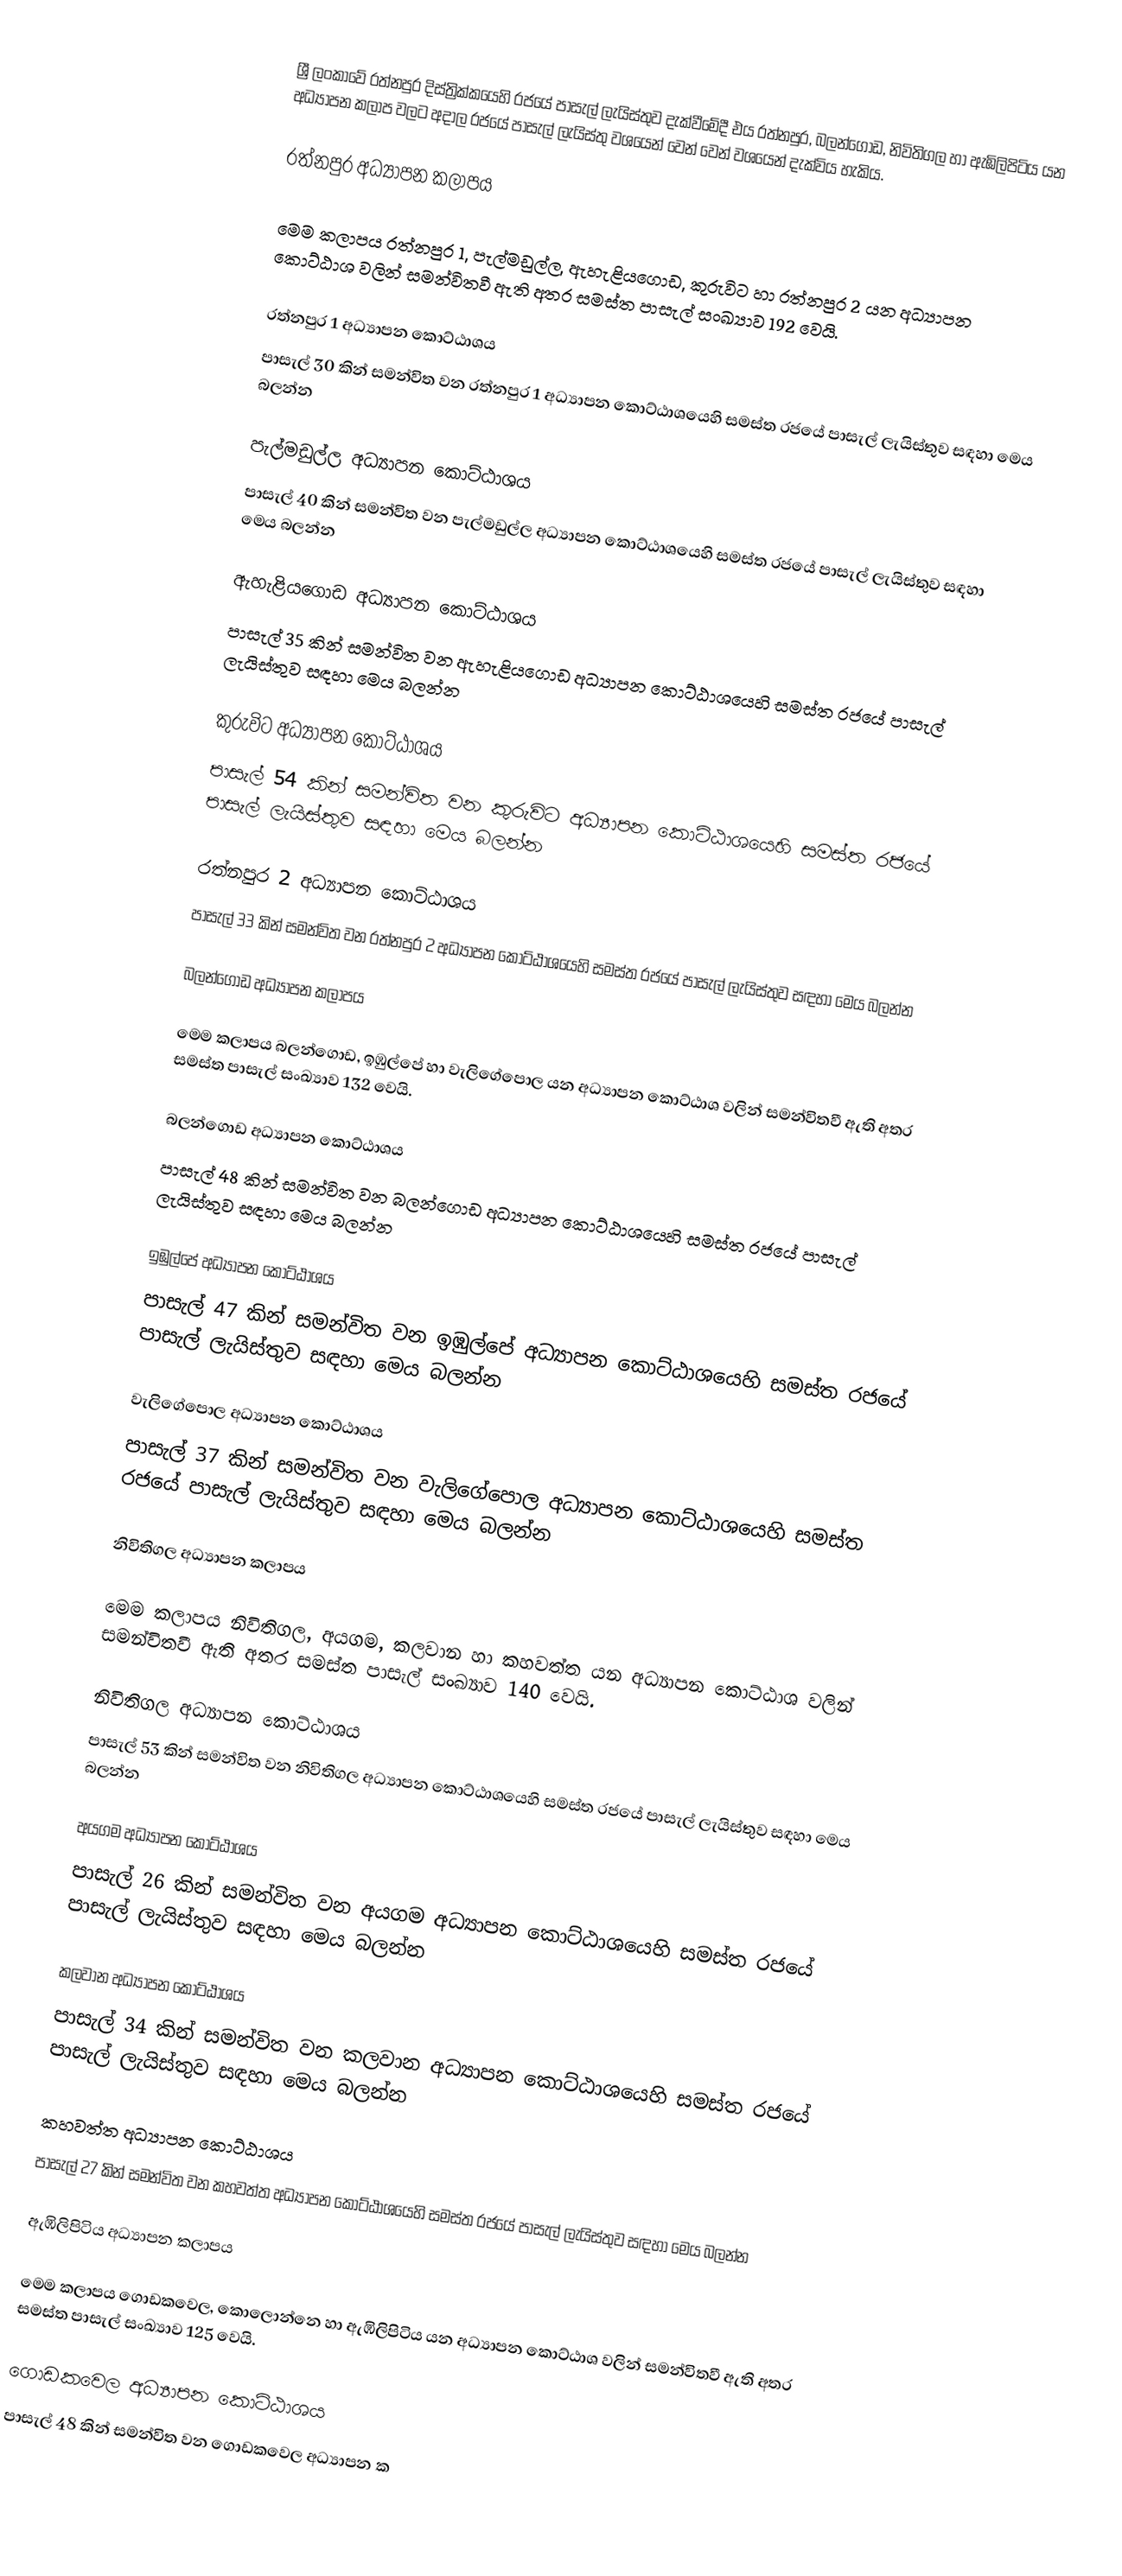
ශ්‍රී ලංකාවේ රත්නපුර දිස්ත්‍රික්කයෙහි රජයේ පාසැල් ලැයිස්තුව දැක්වීමේදී එය රත්නපුර, බලන්ගොඩ, නිවිතිගල හා ඇඹිලිපිටිය  යන අධ්‍යාපන කලාප  වලට අදාල රජයේ පාසැල් ලැයිස්තු වශයෙන් වෙන් වෙන් වශයෙන් දැක්විය හැකිය.

රත්නපුර අධ්‍යාපන කලාපය

මෙම කලාපය රත්නපුර 1, පැල්මඩුල්ල, ඇහැළියගොඩ, කුරුවිට හා රත්නපුර 2 යන අධ්‍යාපන කොට්ඨාශ වලින් සමන්විතවී ඇති අතර සමස්ත පාසැල් සංඛ්‍යාව 192 වෙයි.

රත්නපුර 1 අධ්‍යාපන කොට්ඨාශය
පාසැල් 30 කින් සමන්විත වන රත්නපුර 1 අධ්‍යාපන කොට්ඨාශයෙහි සමස්ත රජයේ පාසැල් ලැයිස්තුව සඳහා මෙය බලන්න

පැල්මඩුල්ල අධ්‍යාපන කොට්ඨාශය
පාසැල් 40 කින් සමන්විත වන පැල්මඩුල්ල අධ්‍යාපන කොට්ඨාශයෙහි සමස්ත රජයේ පාසැල් ලැයිස්තුව සඳහා මෙය බලන්න

ඇහැළියගොඩ අධ්‍යාපන කොට්ඨාශය
පාසැල් 35 කින් සමන්විත වන ඇහැළියගොඩ අධ්‍යාපන කොට්ඨාශයෙහි සමස්ත රජයේ පාසැල් ලැයිස්තුව සඳහා මෙය බලන්න

කුරුවිට  අධ්‍යාපන කොට්ඨාශය
පාසැල් 54 කින් සමන්විත වන කුරුවිට  අධ්‍යාපන කොට්ඨාශයෙහි සමස්ත රජයේ පාසැල් ලැයිස්තුව සඳහා මෙය බලන්න

රත්නපුර 2 අධ්‍යාපන කොට්ඨාශය
පාසැල් 33 කින් සමන්විත වන රත්නපුර 2 අධ්‍යාපන කොට්ඨාශයෙහි සමස්ත රජයේ පාසැල් ලැයිස්තුව සඳහා මෙය බලන්න

බලන්ගොඩ අධ්‍යාපන කලාපය

මෙම කලාපය බලන්ගොඩ, ඉඹුල්පේ හා වැලිගේපොල යන අධ්‍යාපන කොට්ඨාශ වලින් සමන්විතවී ඇති අතර සමස්ත පාසැල් සංඛ්‍යාව 132 වෙයි.

බලන්ගොඩ අධ්‍යාපන කොට්ඨාශය
පාසැල් 48 කින් සමන්විත වන බලන්ගොඩ අධ්‍යාපන කොට්ඨාශයෙහි සමස්ත රජයේ පාසැල් ලැයිස්තුව සඳහා මෙය බලන්න

ඉඹුල්පේ අධ්‍යාපන කොට්ඨාශය
පාසැල් 47 කින් සමන්විත වන ඉඹුල්පේ අධ්‍යාපන කොට්ඨාශයෙහි සමස්ත රජයේ පාසැල් ලැයිස්තුව සඳහා මෙය බලන්න

වැලිගේපොල අධ්‍යාපන කොට්ඨාශය
පාසැල් 37 කින් සමන්විත වන වැලිගේපොල අධ්‍යාපන කොට්ඨාශයෙහි සමස්ත රජයේ පාසැල් ලැයිස්තුව සඳහා මෙය බලන්න

නිවිතිගල අධ්‍යාපන කලාපය

මෙම කලාපය නිවිතිගල, අයගම, කලවාන හා කහවත්ත යන අධ්‍යාපන කොට්ඨාශ වලින් සමන්විතවී ඇති අතර සමස්ත පාසැල් සංඛ්‍යාව 140 වෙයි.

නිවිතිගල අධ්‍යාපන කොට්ඨාශය
පාසැල් 53 කින් සමන්විත වන නිවිතිගල අධ්‍යාපන කොට්ඨාශයෙහි සමස්ත රජයේ පාසැල් ලැයිස්තුව සඳහා මෙය බලන්න

අයගම අධ්‍යාපන කොට්ඨාශය
පාසැල් 26 කින් සමන්විත වන අයගම අධ්‍යාපන කොට්ඨාශයෙහි සමස්ත රජයේ පාසැල් ලැයිස්තුව සඳහා මෙය බලන්න

කලවාන අධ්‍යාපන කොට්ඨාශය
පාසැල් 34 කින් සමන්විත වන කලවාන අධ්‍යාපන කොට්ඨාශයෙහි සමස්ත රජයේ පාසැල් ලැයිස්තුව සඳහා මෙය බලන්න

කහවත්ත අධ්‍යාපන කොට්ඨාශය
පාසැල් 27 කින් සමන්විත වන කහවත්ත අධ්‍යාපන කොට්ඨාශයෙහි සමස්ත රජයේ පාසැල් ලැයිස්තුව සඳහා මෙය බලන්න

ඇඹිලිපිටිය  අධ්‍යාපන කලාපය

මෙම කලාපය ගොඩකවෙල, කොලොන්නෙ හා ඇඹිලිපිටිය  යන අධ්‍යාපන කොට්ඨාශ වලින් සමන්විතවී ඇති අතර සමස්ත පාසැල් සංඛ්‍යාව 125 වෙයි.

ගොඩකවෙල අධ්‍යාපන කොට්ඨාශය
පාසැල් 48 කින් සමන්විත වන ගොඩකවෙල අධ්‍යාපන ක